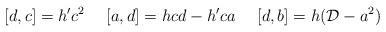
LaTeX: \begin{align*}[d,c]=h'c^2 \ \ \ \ [a,d]=hcd-h'ca \ \ \ \ [d,b]=h({\cal D} -a^2)\end{align*}